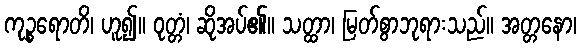
ကုဉ္စရောတိ၊ ဟူ၍။ ဝုတ္တံ၊ ဆိုအပ်၏။ သတ္ထာ၊ မြတ်စွာဘုရားသည်။ အတ္တနော၊